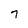
Character: 7